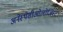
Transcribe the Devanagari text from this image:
अनेस्थेसीओलोजिस्ट